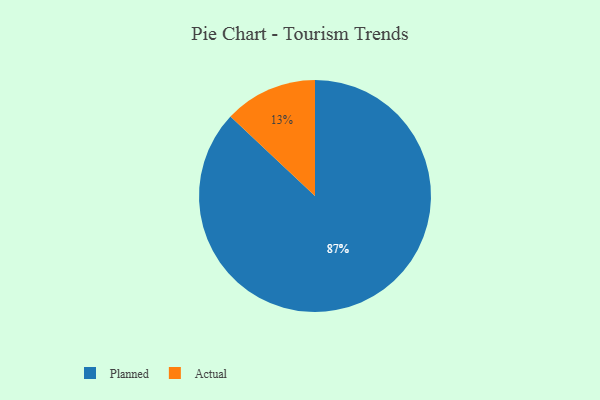
{"axis": {"x": "Category", "y": "Percentage"}, "legend": ["Actual", "Planned"], "data": [{"x": "Actual", "y": 13, "type": "Actual"}, {"x": "Planned", "y": 87, "type": "Planned"}]}